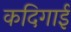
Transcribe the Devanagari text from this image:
कदिगाई